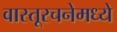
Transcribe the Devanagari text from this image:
वास्तूरचनेमध्ये